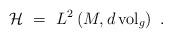
LaTeX: \begin{align*}{\mathcal H} \ = \ L^2 \left( M, d\,{\rm vol}_g \right) \ .\end{align*}